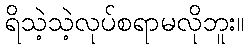
ရိသဲ့သဲ့လုပ်စရာမလိုဘူး။